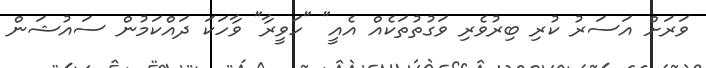
ވަރަށް އަސަރު ކުރި ބިރުވެރި ވަގުތުތަކެއް އެއީ" "ހަވީރާ" ވާހަކަ ދައްކަމުން ސައުޝަން